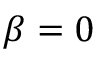
\beta = 0